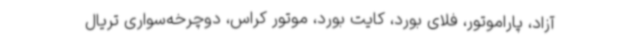
آزاد، پاراموتور، فلای بورد، کایت بورد، موتور کراس، دوچرخه‌سواری تریال